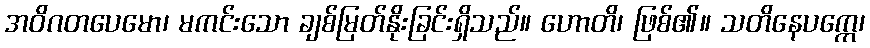
အဝိဂတပေမော၊ မကင်းသော ချစ်မြတ်နိုးခြင်းရှိသည်။ ဟောတိ၊ ဖြစ်၏။ သတိနေပက္ကေ၊